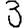
Digit: 3